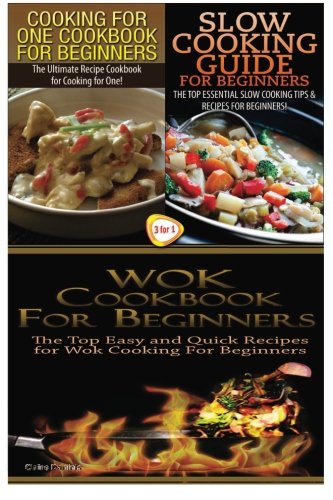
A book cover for Cooking for One Cookbook for Beginners & Slow Cooking Guide for Beginners & Wok Cookbook for Beginners (Cooking Books Box Set) (Volume 17); Claire Daniels; Cookbooks, Food & Wine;